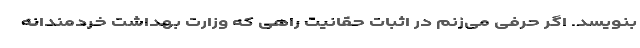
بنویسد. اگر حرفی می‌زنم در اثبات حقانیت راهی که وزارت بهداشت خردمندانه